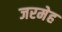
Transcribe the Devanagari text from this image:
जरमेह